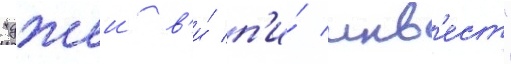
"джеи в'и́ п'и́ инв'ест"